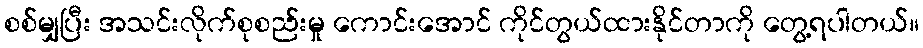
စစ်မျှပြီး အသင်းလိုက်စုစည်းမှု ကောင်းအောင် ကိုင်တွယ်ထားနိုင်တာကို တွေ့ရပါတယ်။